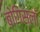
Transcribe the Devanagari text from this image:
बोगिस्लॉ